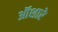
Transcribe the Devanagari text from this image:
ऑशारे